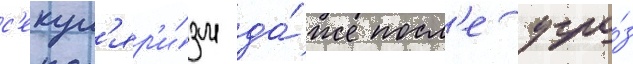
с'екул'яр'и́зм да́же посл'е угро́з